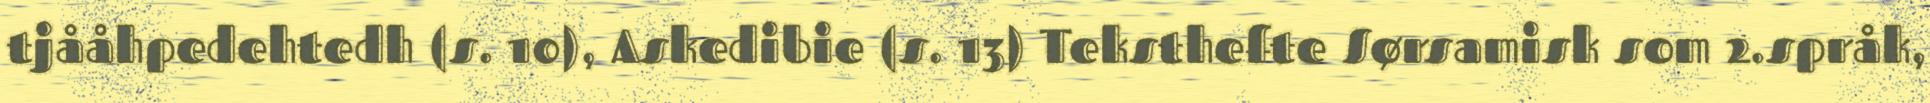
tjååhpedehtedh (s. 10), Askedibie (s. 13) Teksthefte Sørsamisk som 2.språk,